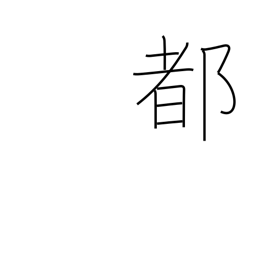
Meaning: metropolis